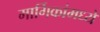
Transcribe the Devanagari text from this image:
मार्गिकांमध्ये